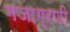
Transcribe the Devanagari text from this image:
गजाग्रणी